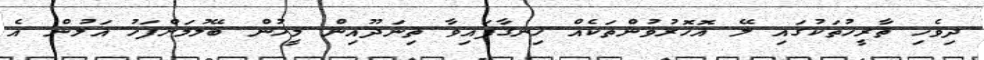
ދިވެހި ތާރީހުތަކުގައި ލޭ އޮހޮރުވުންތަކެއް ހިނގާފައިވާ ތިނަދޫއިން މީހުން ބޭލުމަށްފަހު އަލުން އެ